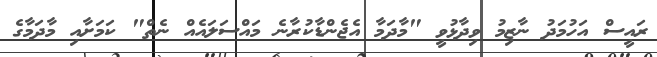
ރައީސް އަހުމަދު ނާޒިމު ވިދާޅުވީ "މާދަމާ އެޖެންޑާކުރާނެ މައްސަލައެއް ނެތް" ކަމަށާއި މާދަމާގެ